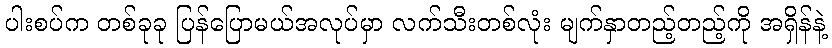
ပါးစပ်က တစ်ခုခု ပြန်ပြောမယ်အလုပ်မှာ လက်သီးတစ်လုံး မျက်နှာတည့်တည့်ကို အရှိန်နဲ့